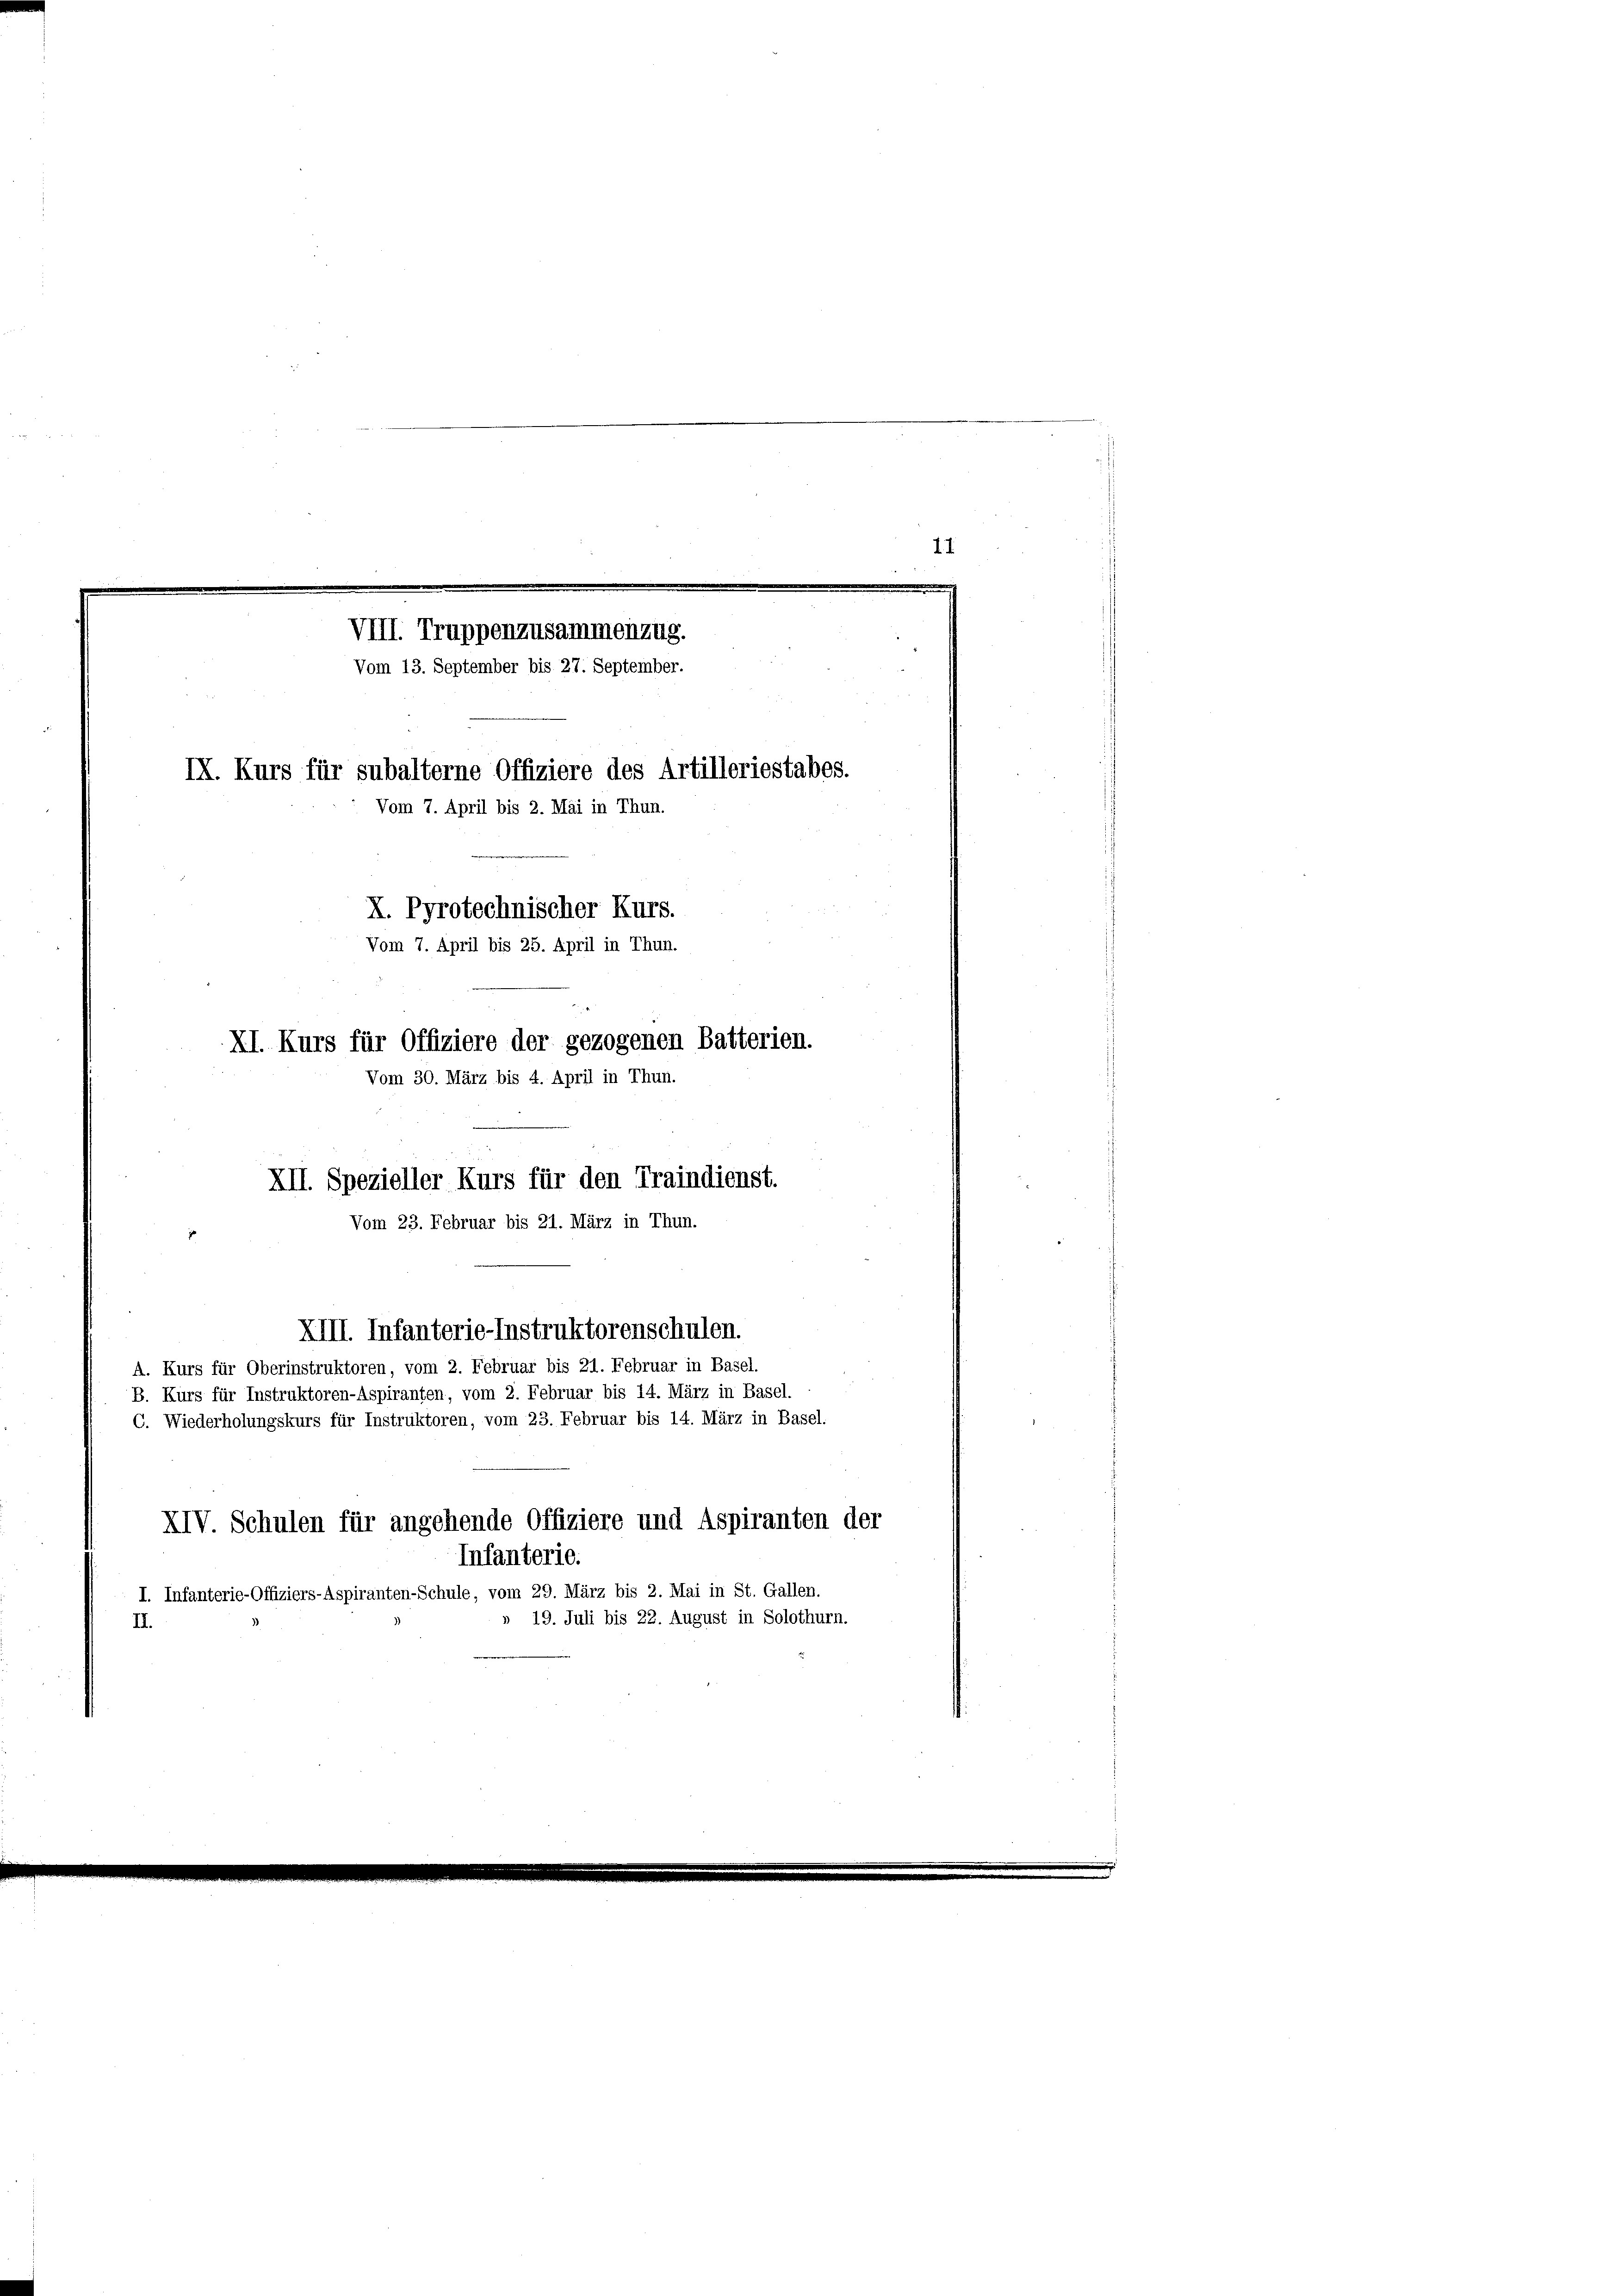
11
d
VIII. Truppenzusammenzug.
Vom 13. September bis 27. September.
IX. Kurs für subalterne Offiziere des Artilleriestabes.

Vom 7. April bis 2. Mai in Thun.
X. Pyrotechnischer Kurs.
Vom 7. April bis 25. April in Thun.
XI. Kurs für Offiziere der gezogenen Batterien.
Vom 30. März bis 4. April in Thun.

XII. Spezieller Kurs für den Traindienst.
Vom 23. Februar bis 21. März in Thun.
XIII. Infanterie-Instruktorenschulen.
A. Kurs für Oberinstruktoren, vom 2. Februar bis 21. Februar in Basel.

B. Kurs für Instruktoren-Aspiranten, vom 2. Februar bis 14. März in Basel.
C. Wiederholungskurs für Instruktoren, vom 23. Februar bis 14. März in Basel.
XIV. Schulen für angehende Offiziere und Aspiranten der
Infanterie.
I. Infanterie-Offiziers-Aspiranten-Schule, vom 29. März bis 2. Mai in St. Gallen.
19. Juli bis 22. August in Solothurn.
II.